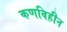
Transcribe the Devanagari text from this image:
कणविहीन